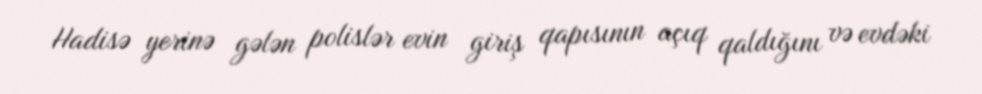
Hadisə yerinə gələn polislər evin giriş qapısının açıq qaldığını və evdəki